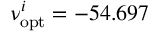
\nu _ { \mathrm { o p t } } ^ { i } = - 5 4 . 6 9 7